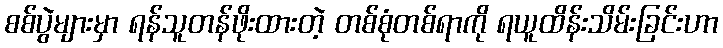
စစ်ပွဲများမှာ ရန်သူတန်ဖိုးထားတဲ့ တစ်စုံတစ်ရာကို ရယူထိန်းသိမ်းခြင်းဟာ